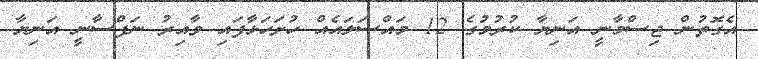
އެގޮތުން ޖިސްމާނީ އަނިޔާ ކުރުމުގެ 12 މައްސަލައެއް ހުށަހަޅާފައި ވާއިރު ނަފްސާނީ އަނިޔާ